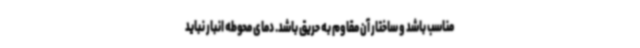
مناسب باشد و ساختار آن مقاوم به حریق باشد. دمای محوطه انبار نباید